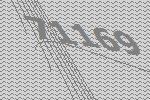
71169